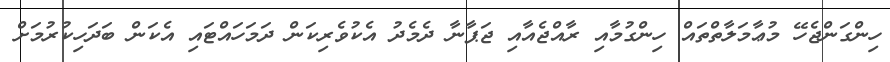
ހިންގަންޖެހޭ މުޢާމަލާތްތައް ހިންގުމާއި ރާއްޖެއާއި ޖަޕާނާ ދެމެދު އެކުވެރިކަން ދަމަހައްޓައި އެކަން ބަދަހިކުރުމަށް